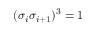
{ ( \sigma _ { i } \sigma _ { i + 1 } } ) ^ { 3 } = 1